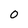
Character: 0